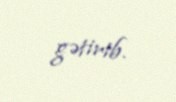
gətirib.